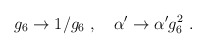
\begin{align*}g_6 \rightarrow 1/g_6\ ,\quad\alpha' \rightarrow \alpha' g_6^2\ .\end{align*}